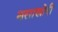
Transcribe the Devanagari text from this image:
नसाखोरी